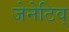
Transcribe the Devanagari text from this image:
जेनेटिव्